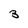
Character: 3